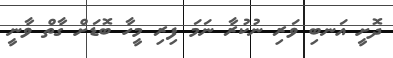
ދޮށީ އަނބި ވަރި ނުކުރާ ނަމަ ފިރި މީހާ ބޮޑަށް ގާތް ވާނީ